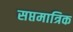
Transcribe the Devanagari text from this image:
सप्तमात्रिक